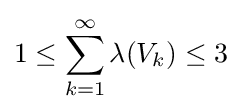
1\leq \sum _{k=1}^{\infty }\lambda (V_{k})\leq 3